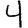
Digit: 4